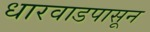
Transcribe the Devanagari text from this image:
धारवाडपासून